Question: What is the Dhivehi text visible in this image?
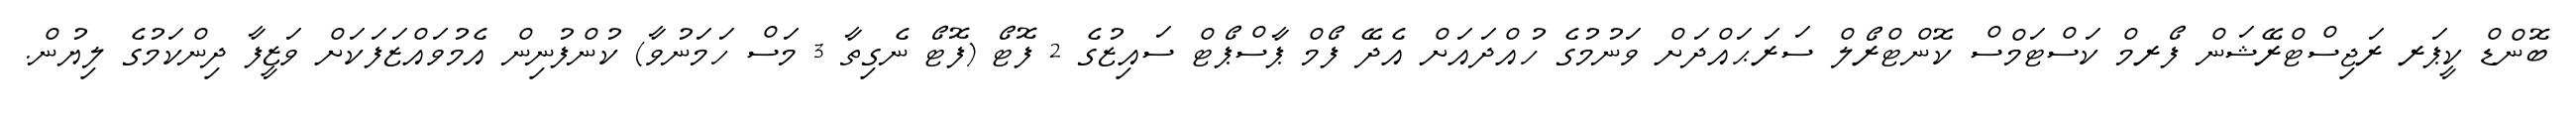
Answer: ބޮންޑް ކީޕަރ ރަޖިސްޓްރޭޝަން ފޯރމް ކަސްޓަމްސް ކޮންޓްރޯލް ސަރަޙައްދަށް ވަނުމުގެ ހުއްދައަށް އެދޭ ފޯމް ޕާސްޕޯޓް ސައިޒުގެ 2 ފޮޓޯ (ފޮޓޯ ނެގިތާ 3 މަސް ހަމަނުވާ) ކުންފުނިން އެމުވައްޒަފަކަށް ވަޒީފާ ދިންކަމުގެ ލިޔުން.